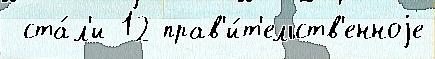
 ста́л'и 12 прав'и́т'ельств'енноjе